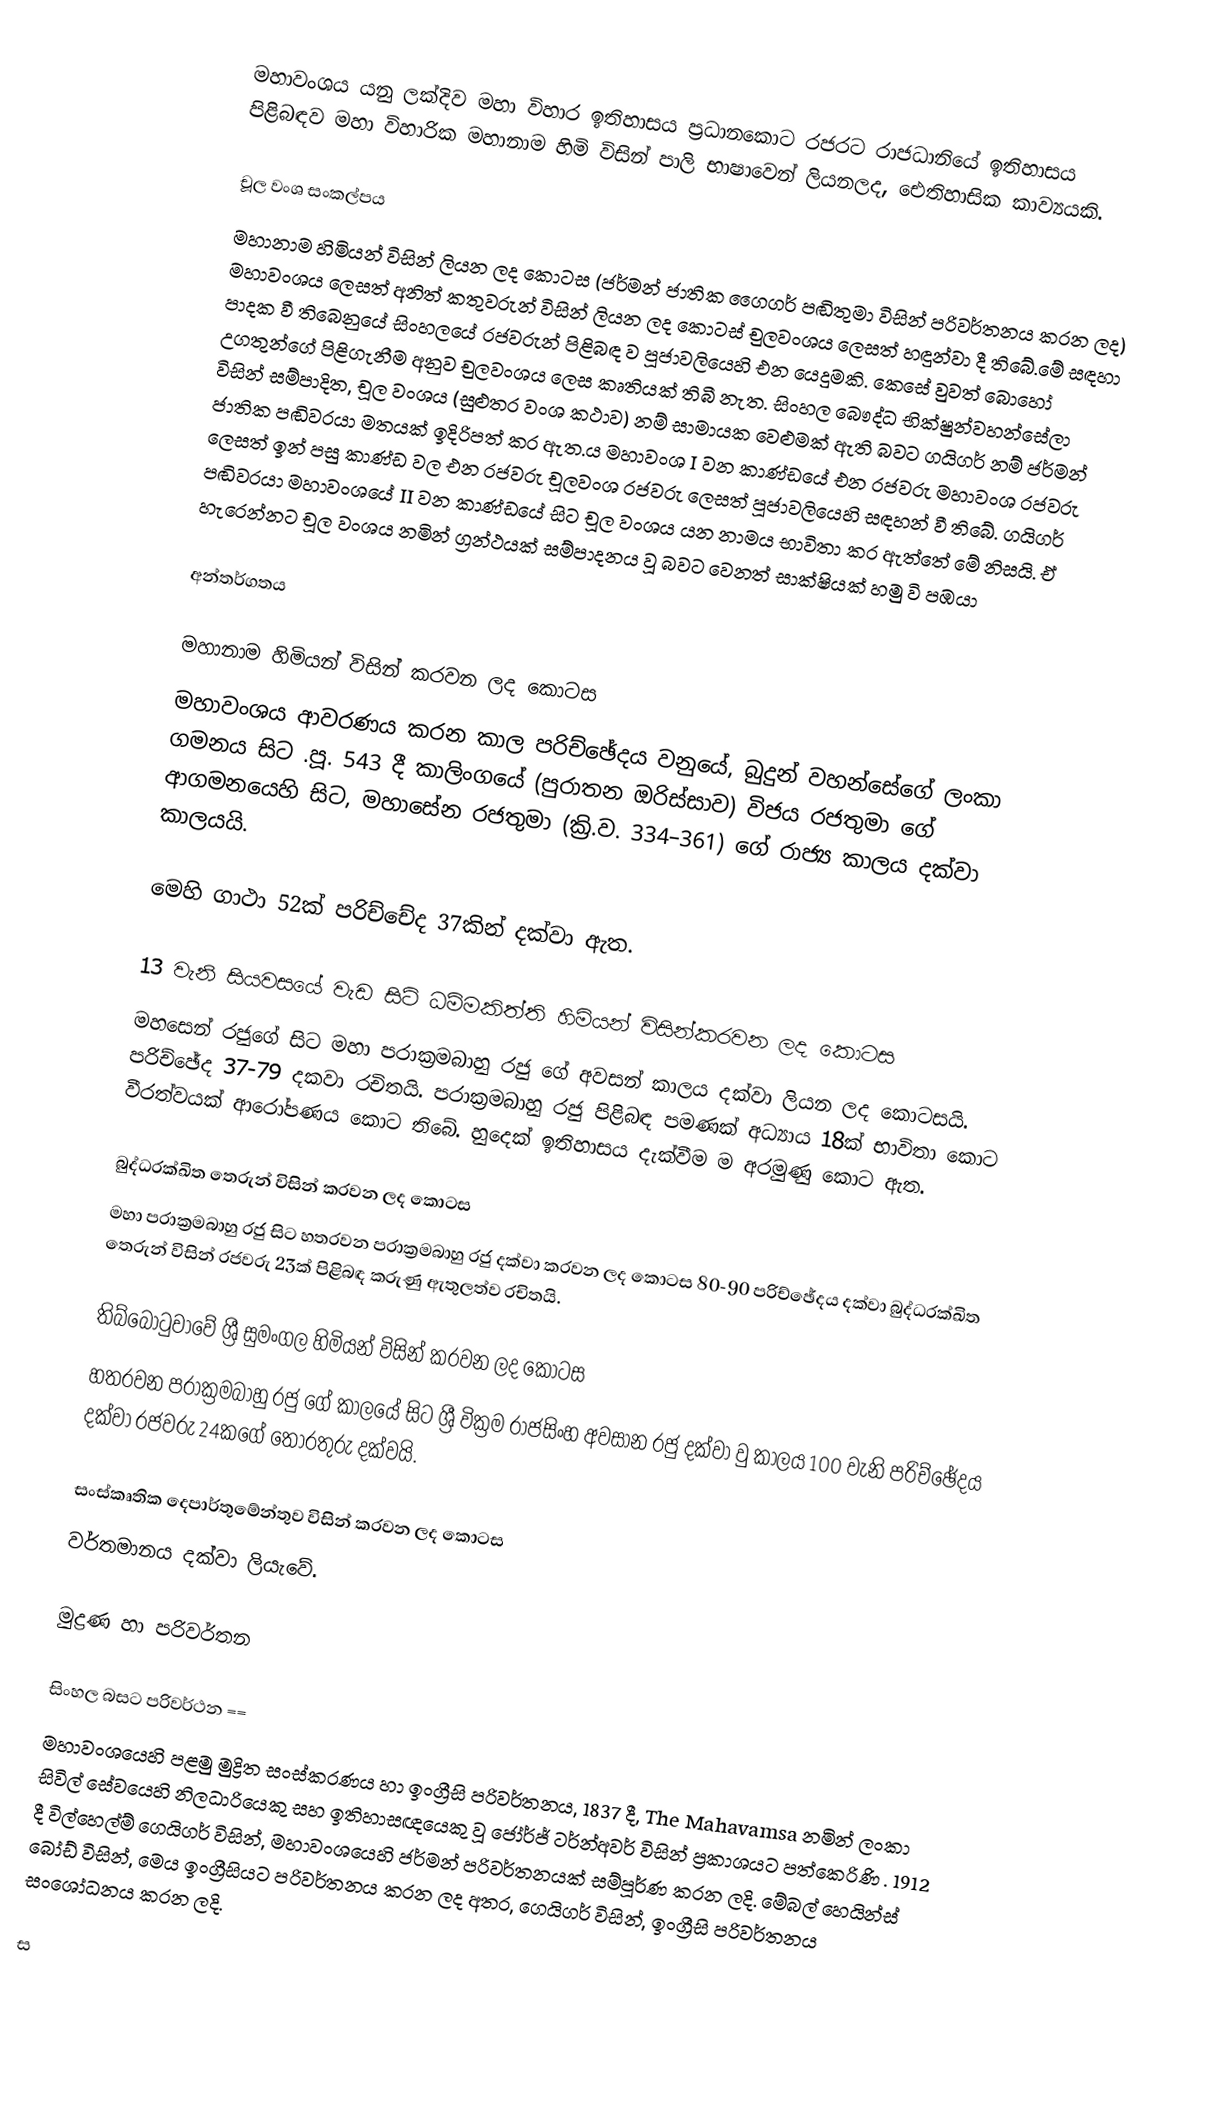
මහාවංශය යනු ලක්දිව මහා විහාර ඉතිහාසය ප්‍රධානකොට රජරට රාජධානියේ ඉතිහාසය පිළිබඳව මහා විහාරික මහානාම හිමි විසින්   පාලි භාෂාවෙන් ලියනලද, ඓතිහාසික කාව්‍යයකි.

චූල වංශ සංකල්පය
මහානාම හිමියන් විසින් ලියන ලද කොටස (ජර්මන් ජාතික ගෛගර් පඬිතුමා විසින් පරිවර්තනය කරන ලද) මහාවංශය ලෙසත් අනිත් කතුවරුන් විසින් ලියන ලද කොටස් චුලවංශය ලෙසත් හඳුන්වා දී තිබේ.මේ සඳහා පාදක වී තිබෙනුයේ සිංහලයේ රජවරුන් පිළිබඳ ව පූජාවලියෙහි එන යෙදුමකි. කෙසේ වුවත් බොහෝ උගතුන්ගේ පිළිගැනීම අනුව චුලවංශය ලෙස කෘතියක් තිබී නැත.  සිංහල බෞද්ධ  භික්ෂුන්වහන්සේලා විසින් සම්පාදිත, චූල වංශය (සුළුතර වංශ කථාව) නම් සාමායක වෙළුමක් ඇති බවට ගයිගර් නම් ජර්මන් ජාතික පඬිවරයා මත‍යක් ඉදිරිපත් කර ඇත.ය   මහාවංශ I වන කාණ්ඩයේ එන රජවරු මහාවංශ රජවරු ලෙසත් ඉන් පසු කාණ්ඩ වල එන රජවරු චූලවංශ රජවරු ලෙසත් පූජාවලියෙහි සඳහන් වී තිබේ. ගයිගර් පඬිවරයා මහාවංශයේ II වන කාණ්ඩයේ සිට චූල වංශය යන නාමය භාවිතා කර ඇත්තේ මේ නිසයි. ඒ හැරෙන්න‍ට චූල වංශය නමින් ග්‍රන්ථයක් සම්පාදනය වූ බවට වෙනත් සාක්ෂියක් හමු වි පඹයා

අන්තර්ගතය

මහානාම හිමියන් විසින් කරවන ලද කොටස
මහාවංශය  ආවරණය කරන කාල පරිච්ඡේදය වනුයේ, බුදුන් වහන්සේගේ ලංකා ගමනය සිට .පූ. 543 දී කාලිංගයේ (පුරාතන ඔරිස්සාව)  විජය රජතුමා ගේ ආගමනයෙහි සිට, මහාසේන රජතුමා (ක්‍රි.ව. 334–361) ගේ රාජ්‍ය කාලය දක්වා කාලයයි.

මෙහි ගාථා 52ක් පරිච්චේද 37කින් දක්වා ඇත.

13 වැනි සියවසයේ වැඩ සිටි ධම්මකිත්ති හිමියන් විසින්කරවන ලද කොටස
මහසෙන් රජුගේ සිට මහා පරාක්‍රමබාහු රජු ගේ අවසන් කාලය දක්වා ලියන ලද කොටසයි. පරිච්ඡේද 37-79 දකවා රචිතයි. පරාක්‍රමබාහු රජු පිළිබඳ පමණක් අධ්‍යාය 18ක් භාවිතා කොට වීරත්වයක් ආරෝපණය කොට තිබේ. හුදෙක් ඉතිහාසය දැක්වීම ම අරමුණු කොට ඇත.

බුද්ධරක්ඛිත තෙරුන් විසින් කරවන ලද කොටස
මහා පරාක්‍රමබාහු රජු සිට හතරවන පරාක්‍රමබාහු රජු දක්වා කරවන ලද කොටස  80-90 පරිච්ඡේදය දක්වා බුද්ධරක්ඛිත තෙරුන් විසින් රජවරු 23ක් පිළිබඳ කරුණු ඇතුලත්ව රචිතයි.

තිබ්බොටුවාවේ ශ්‍රී සුමංගල හිමියන් විසින් කරවන ලද කොටස
හතරවන පරාක්‍රමබාහු රජු ගේ කාලයේ සිට ශ්‍රී වික්‍රම රාජසිංහ අවසාන රජු දක්වා වු කාලය 100 වැනි පරිච්ඡේදය දක්වා රජවරු 24කගේ තොරතුරු දක්වයි.

සංස්කෘතික දෙපාර්තුමේන්තුව විසින් කරවන ලද කොටස
වර්තමානය දක්වා ලියැවේ.

මුද්‍රණ හා පරිවර්තන

සිංහල බසට පරිවර්ථන ==
මහාවංශයෙහි පළමු මුද්‍රිත සංස්කරණය හා ඉංග්‍රීසි පරිවර්තනය, 1837 දී,  The Mahavamsa නමින් ලංකා සිවිල් සේවයෙහි නිලධාරියෙකු සහ ඉතිහාසඥයෙකු වූ ජෝර්ජ් ටර්න්අවර් විසින් ප්‍රකාශයට පත්කෙරිණි . 1912 දී විල්හෙල්ම් ගෙයිගර් විසින්, මහාවංශයෙහි  ජර්මන් පරිවර්තනයක් සම්පූර්ණ කරන ලදි. මේබල් හෙයින්ස් බෝඩ් විසින්, මෙය ඉංග්‍රීසියට පරිවර්තනය කරන ලද අතර, ගෙයිගර් විසින්,  ඉංග්‍රීසි පරිවර්තනය සංශෝධනය කරන ලදි.

ස